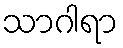
သာဂါရာ